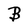
Character: B